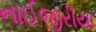
નાઈજીરીયા